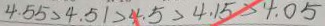
4 . 5 5 > 4 . 5 1 > 4 . 5 > 4 . 1 5 > 4 . 0 5